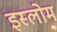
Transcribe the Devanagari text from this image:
इस्लोम